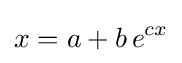
x=a+b\,e^{cx}